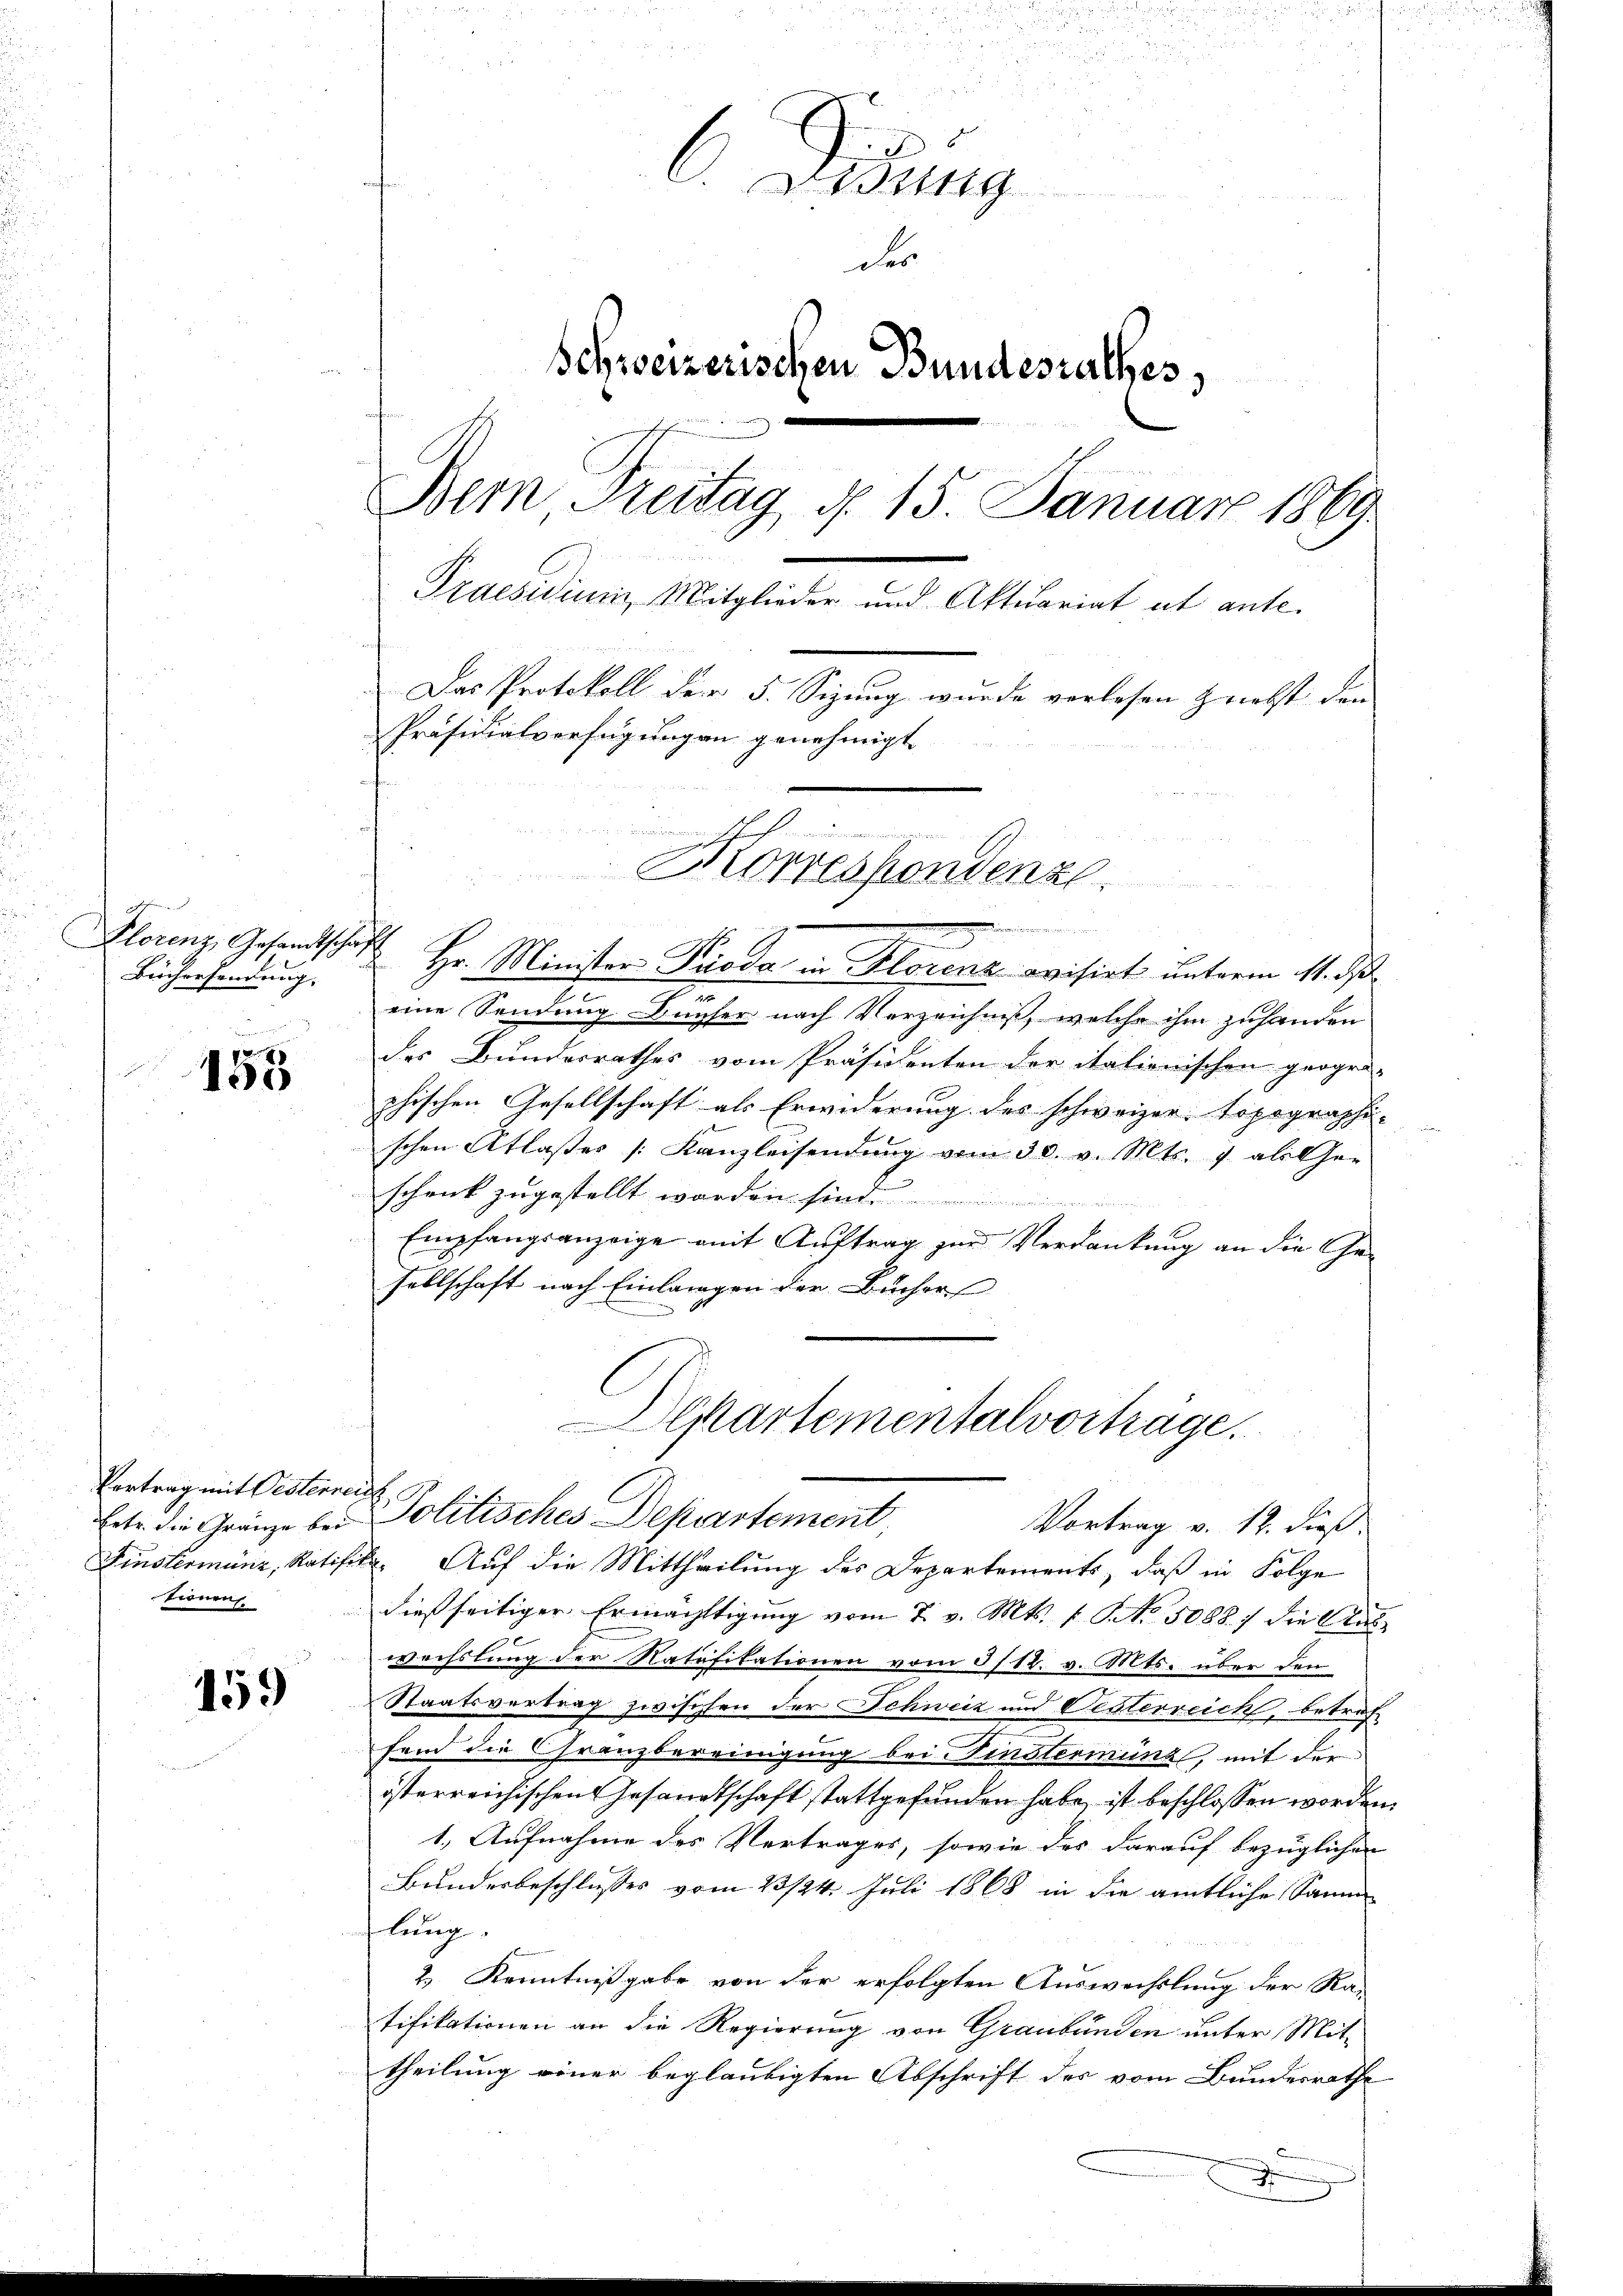
lorenz, Gesandtschaf
Büchersendung.

153

Vertrag mit Oesternen
Eetr. die Gränze bei
Finsterminz, Ratifik
tionen

159

.
2
d
6 Lösung
des
Schweizerischen Bundesrathes,
Bern Freitag d. 15. Januar 1869
Praesidium Mitglieder und Aktuariat et ante.
Das Protokoll der 5. Sizung wurde vorlesen nebst den
Präsidialverfügungen genehmigt.
I
Korrespondenz.

.
Hr. Minister Pioda in Florenz evisirt unterm 11. ds
eine Sendung Bücher nach Verzeichniß, welche ihm zuhanden
des Bundesrathes vom Präsidenten der italionischen geogra-
phischen Gesellschaft als Erwiderung des schweizer. Topographi-
schen Atlasses [Kanzleisendung vom 30. v. Mts. 1 als Ge-
schrick zugestellt worden sind........................
Empfangsanzeige mit Auftrag zur Verdankung an die Ge-
sellschaft nach Einlangen der Bücher
Auf die Mittheilung des Departements, daß in Folge
dießseitiger Ermächtigung vom 7. v. Mts. 1. No. 50887 die Aus
wechslung der Ratifikationen vom 3/12. v. Mts. über den
Staatsvertrag zwischen der Schweiz und Oesterreich, betref
fend die Granzbereinigung bei Finsterminz, mit der
österreichischen Gesandtschaft stattgefunden habe, ist beschlossen worden.
1. Aufnahme des Vertrages, sowie des darauf bezüglichen
Bundesbeschlusses vom 23/24. Juli 1868 in die amtliche Samm-
lung
2.) Kenntnißgabe von der erfolgten Auswechslung der Ra-
tifikationen an die Regierung von Graubünden unter Mittheilung einer beglaubigten Abschrift des vom Bundesrathe
x

u

Departementalvorträge.
Politisches Departement
Vortrag v. 12. dieß

)